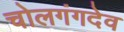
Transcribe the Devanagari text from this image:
चोलगंगदेव